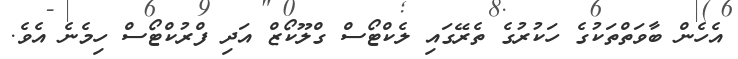
އެހެން ބާވަތްތަކުގެ ހަކުރުގެ ތެރޭގައި ލެކްޓޯސް ގްލޫކޯޒް އަދި ފްރުކްޓޯސް ހިމެނެ އެވެ.